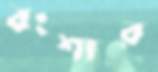
বংশার